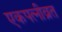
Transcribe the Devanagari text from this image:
एकपत्‍नीव्रत